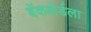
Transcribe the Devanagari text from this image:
बॅकबोर्डला